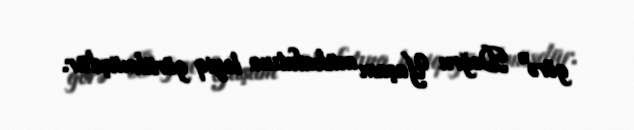
görə" Doğru Yaşam mükafatına layiq görülmüşdür.